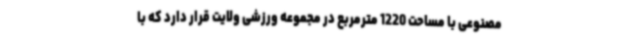
مصنوعی با مساحت 1220 مترمربع در مجموعه ورزشی ولایت قرار دارد که با